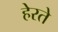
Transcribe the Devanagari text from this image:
हेरते